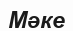
Мәке